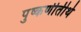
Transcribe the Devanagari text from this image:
पुष्कणीतीर्थ